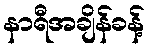
နာရီအချိန်ခန့်